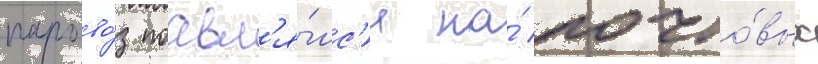
парово́з поавл'я́лс'я на́ почто́вых